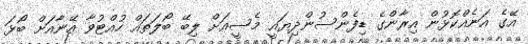
އޭގެ އަނެއްކޮޅުން އިރާންގެ ޑިފެންސުންދިޔައީ މެސީއަށް ލިބޭ ބޯލަތައް ހުއްޓުވާ އޭނާއަށް ބޯޅަ